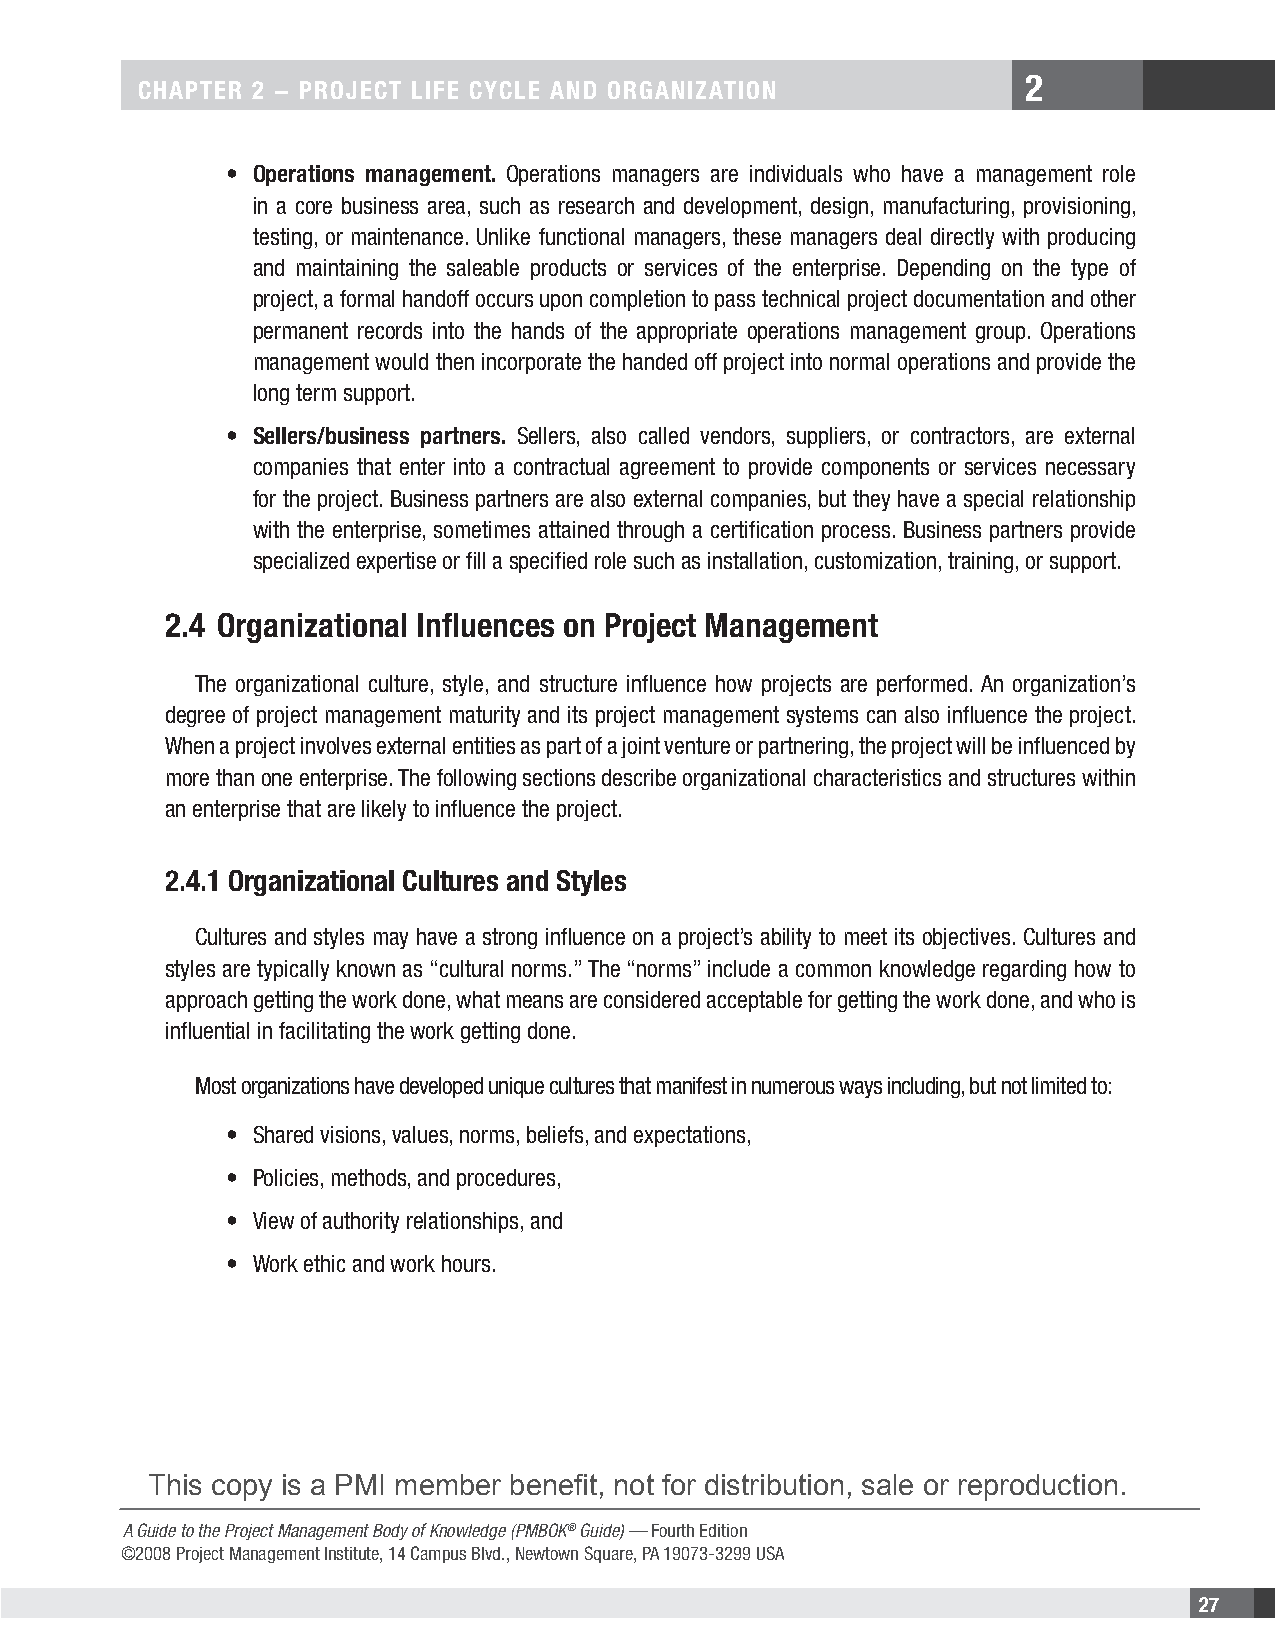
2
 CHAPTER 2 − PROJECT LIFE CYCLE AND ORGANIZATION
 • Operations management. Operations managers are individuals who have a management role
 in a core business area, such as research and development, design, manufacturing, provisioning,
 testing, or maintenance. Unlike functional managers, these managers deal directly with producing
 and maintaining the saleable products or services of the enterprise. Depending on the type of
 project, a formal handoff occurs upon completion to pass technical project documentation and other
 permanent records into the hands of the appropriate operations management group. Operations
 management would then incorporate the handed off project into normal operations and provide the
 long term support.
 • Sellers/business partners. Sellers, also called vendors, suppliers, or contractors, are external
 companies that enter into a contractual agreement to provide components or services necessary
 for the project. Business partners are also external companies, but they have a special relationship
 with the enterprise, sometimes attained through a certification process. Business partners provide
 specialized expertise or fill a specified role such as installation, customization, training, or support.
 2.4 Organizational Influences on Project Management
 The organizational culture, style, and structure influence how projects are performed. An organization’s
 degree of project management maturity and its project management systems can also influence the project.
 When a project involves external entities as part of a joint venture or partnering, the project will be influenced by
 more than one enterprise. The following sections describe organizational characteristics and structures within
 an enterprise that are likely to influence the project.
 2.4.1 Organizational Cultures and Styles
 Cultures and styles may have a strong influence on a project’s ability to meet its objectives. Cultures and
 styles are typically known as “cultural norms.” The “norms” include a common knowledge regarding how to
 approach getting the work done, what means are considered acceptable for getting the work done, and who is
 influential in facilitating the work getting done.
 Most organizations have developed unique cultures that manifest in numerous ways including, but not limited to:
 • Shared visions, values, norms, beliefs, and expectations,
 • Policies, methods, and procedures,
 • View of authority relationships, and
 • Work ethic and work hours.
 This copy is a PMI member benefit, not for distribution, sale or reproduction.
 A Guide to the Project Management Body of Knowledge (PMBOK® Guide) — Fourth Edition
 ©2008 Project Management Institute, 14 Campus Blvd., Newtown Square, PA 19073-3299 USA
 27